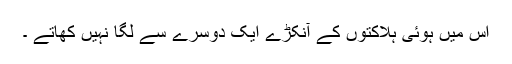
اس میں ہوئی ہلاکتوں کے آنکڑے ایک دوسرے سے لگا نہیں کھاتے ۔